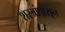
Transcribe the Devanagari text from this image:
शस्त्रांपासून